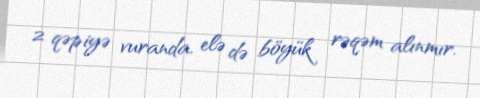
2 qəpiyə vuranda, elə də böyük rəqəm alınmır.